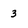
Character: 3